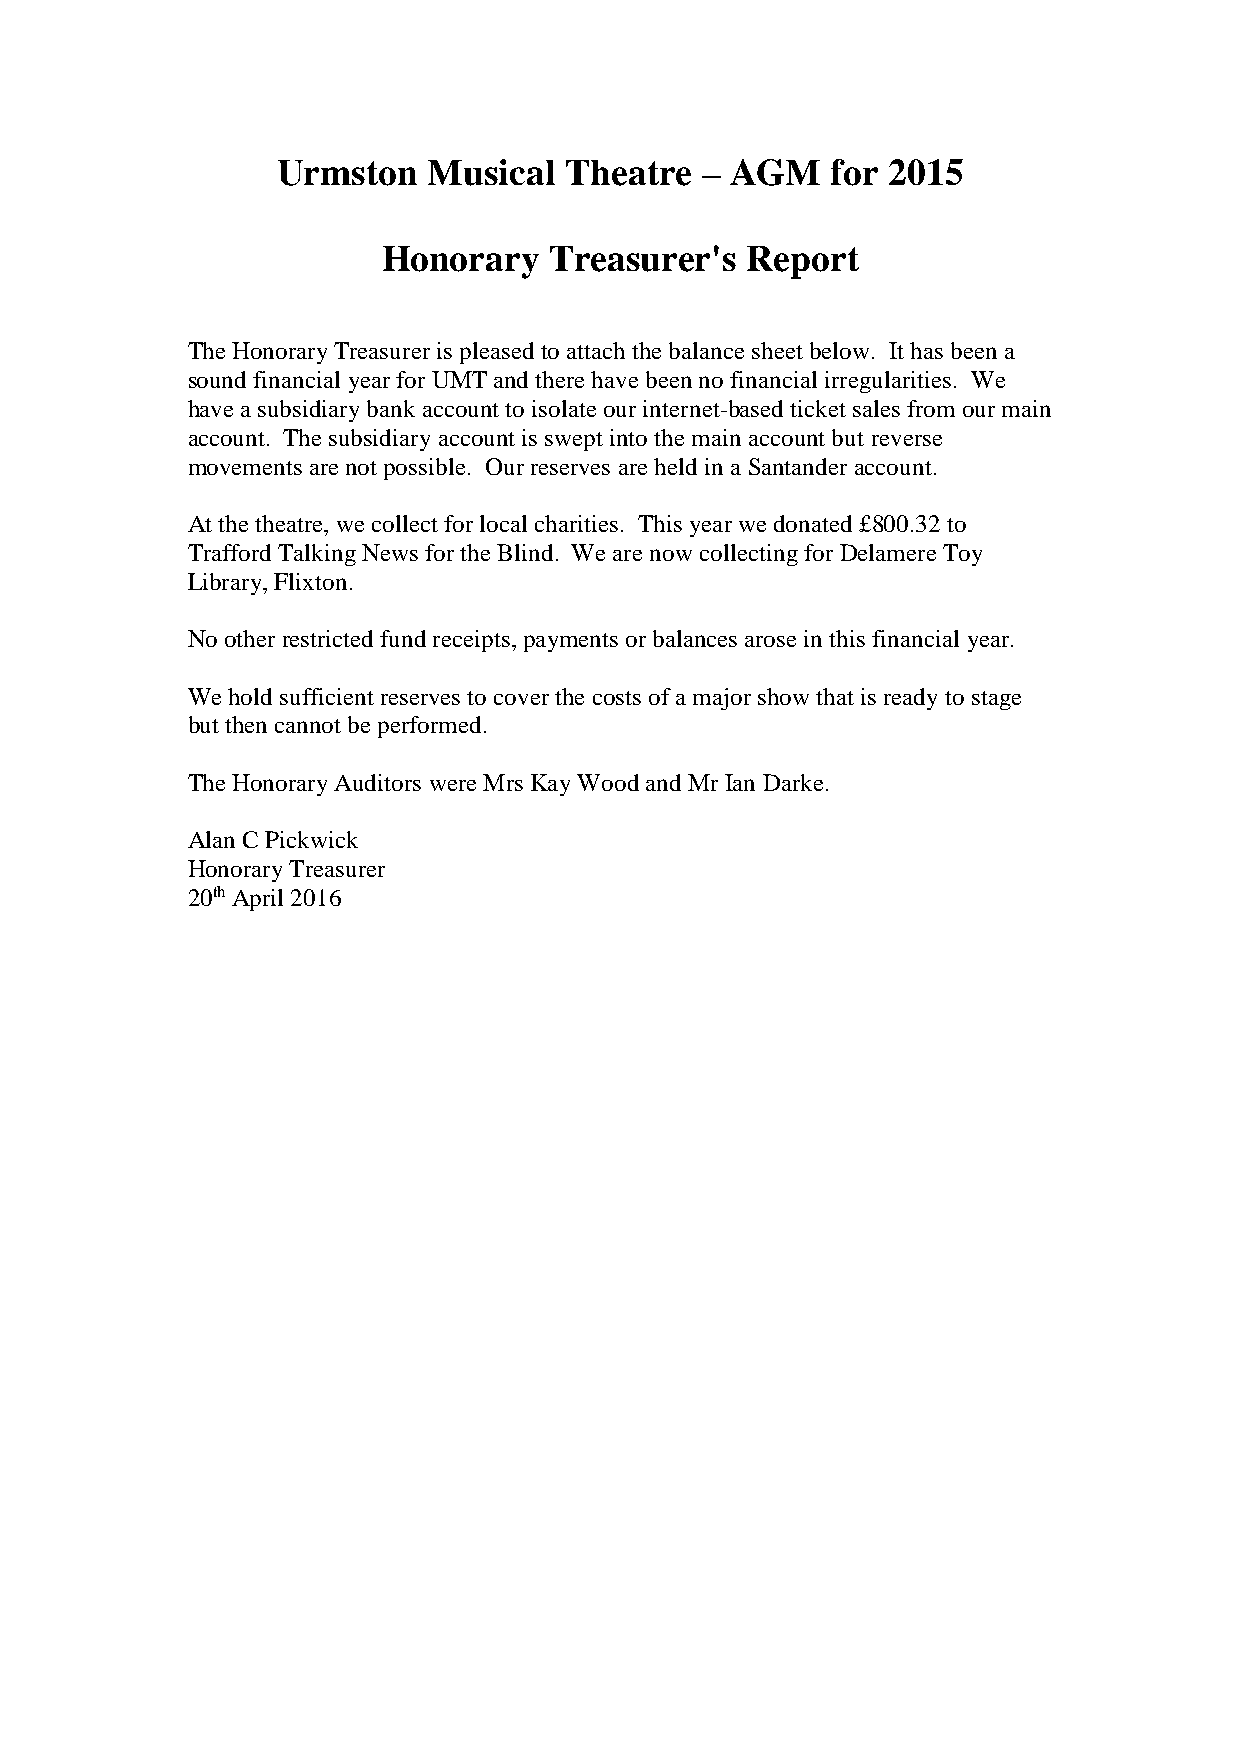
Urmston   Musical  Theatre  – AGM    for 2015
 Honorary   Treasurer's  Report
 The Honorary Treasurer is pleased to attach the balance sheet below. It has been a
 sound financial year for UMT and there have been no financial irregularities. We
 have a subsidiary bank account to isolate our internet-based ticket sales from our main
 account. The subsidiary account is swept into the main account but reverse
 movements are not possible. Our reserves are held in a Santander account.
 At the theatre, we collect for local charities. This year we donated £800.32 to
 Trafford Talking News for the Blind. We are now collecting for Delamere Toy
 Library, Flixton.
 No other restricted fund receipts, payments or balances arose in this financial year.
 We hold sufficient reserves to cover the costs of a major show that is ready to stage
 but then cannot be performed.
 The Honorary Auditors were Mrs Kay Wood and Mr Ian Darke.
 Alan C Pickwick
 Honorary Treasurer
 20th April 2016